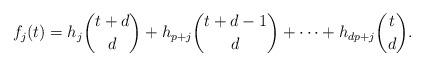
LaTeX: \begin{align*} f_j(t) = h_j \binom{t+d}{d} + h_{p+j} \binom{t+d-1}{d} + \dots + h_{dp+j} \binom{t}{d}.\end{align*}